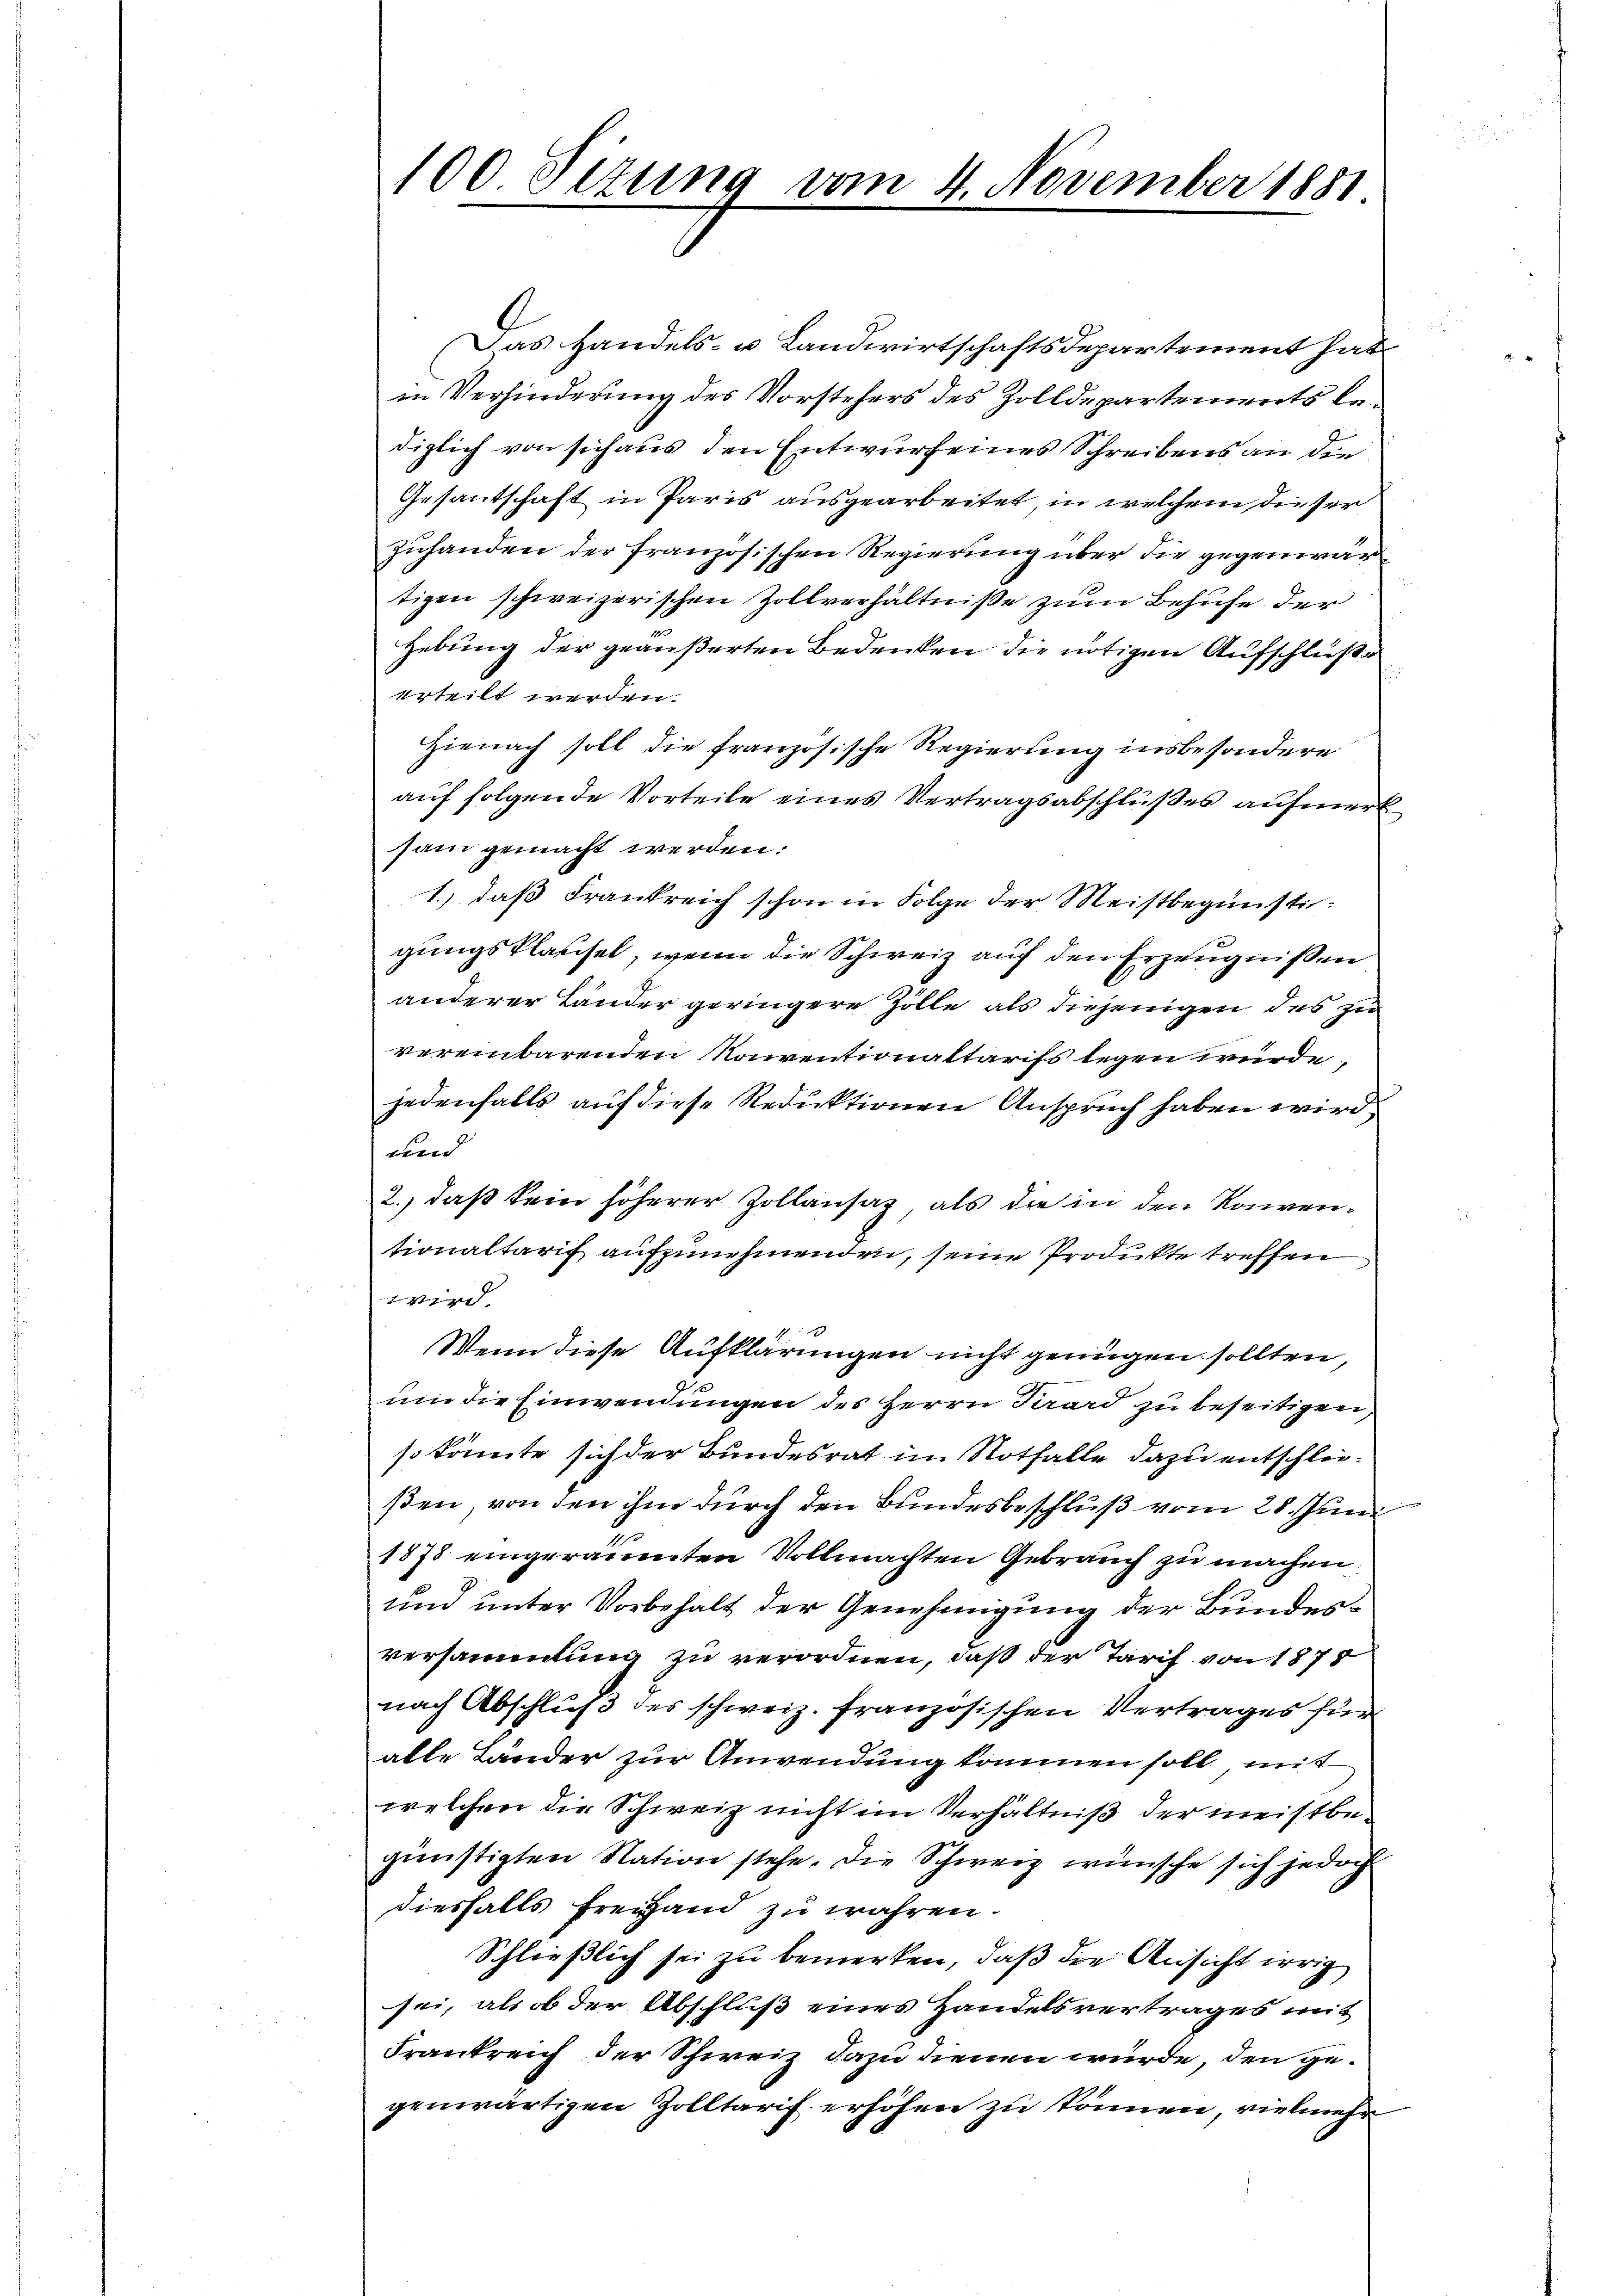
100 Sizung vom 4. November 1881

Das Handels- u Landwirtschaftsdepartement hat
in Verhinderung des Vorstehers des Zolldepartements lediglich von sich aus den Entwurfenes Schreibens an die
Gesantschaft in Paris ausgearbeitet, in welchem dieser
zuhanden der französischen Regierung über die gegenwärtigen schweizerischen Zollverhältniße zum Behufe der
Hebung der geäußerten Bedenken die nötigen Aufschluße
erteilt werden.
Hienach soll die französische Regierung insbesondere
auf folgende Vorteile eines Vertragsabschlußes aufmerk
sam gemacht werden.
1.) daß Frankreich schon in Folge der Meistbegünstigungsklassel, wenn die Schweiz auf den Erzeugnißen
anderer Länder geringere Zolle als diejenigen des zu
vereinbarenden Konventionaltarifs legen würde,
jedenfalls auf diese Reduktionen Anspruch haben wird,
und
2., daß kein höherer Zollansaz, als die in den Konventionaltarif aufzunehmenden, seine Produkte treffen
wird
Wenn diese Aufklärungen nicht genügen sollten,
um die Einwendungen des Herrn Parard zu beseitigen,
so könnte sich der Bundesrat im Notfalle dazu entschließen, von den ihm durch den Bundesbeschluß vom 25. Juni
1878 eingeräumten Vollmachten Gebrauch zu machen;
und unter Vorbehalt der Genehmigung der Bundesversammlung zu verordnen, daß der Tarif von 1878
nach Abschluß des schweiz. französischen Vertrages für
alle Länder zur Anwendung kommen soll mit
welchen die Schweiz nicht im Verhältniß der meistbegünstigten Nation stehe, die Schweiz wünsche sich jedoch
diesfalls Freihand zu wahren.
Schließlich sei zu bemerken, daß die Ansicht irrig
sei, als ob der Abschluß eines Handelsvertrages mit
Frankreich der Schweiz dazu dienen würde, den gegenwärtigen Zolltarif erhöhen zu können, vielmehr